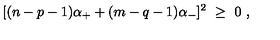
[ ( n - p - 1 ) \alpha _ { + } + ( m - q - 1 ) \alpha _ { - } ] ^ { 2 } \ \geq \ 0 \ ,